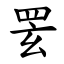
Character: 䍗